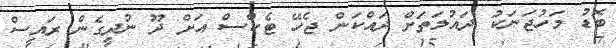
ބޮޑު މަހުޖަނަކު ދައުލަތަށް ދައްކަން ޖެހޭ ޓެކްސް އަށް ދޫ ނުދީގެން ރައީސް